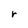
Character: r